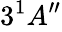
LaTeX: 3^{1}A_{}^{\prime\prime}